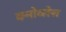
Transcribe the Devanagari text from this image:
क्नोव्लेस